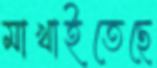
মাখাইতেছে